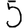
Digit: 5